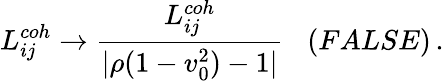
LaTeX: L_{ij}^{coh}\to\frac{L_{ij}^{coh}}{|\rho(1-v_{0}^{2})-1|}\; \; \; (FALSE)\, .